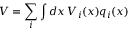
V = \sum _ { i } \int d x \, V _ { i } ( x ) q _ { i } ( x )